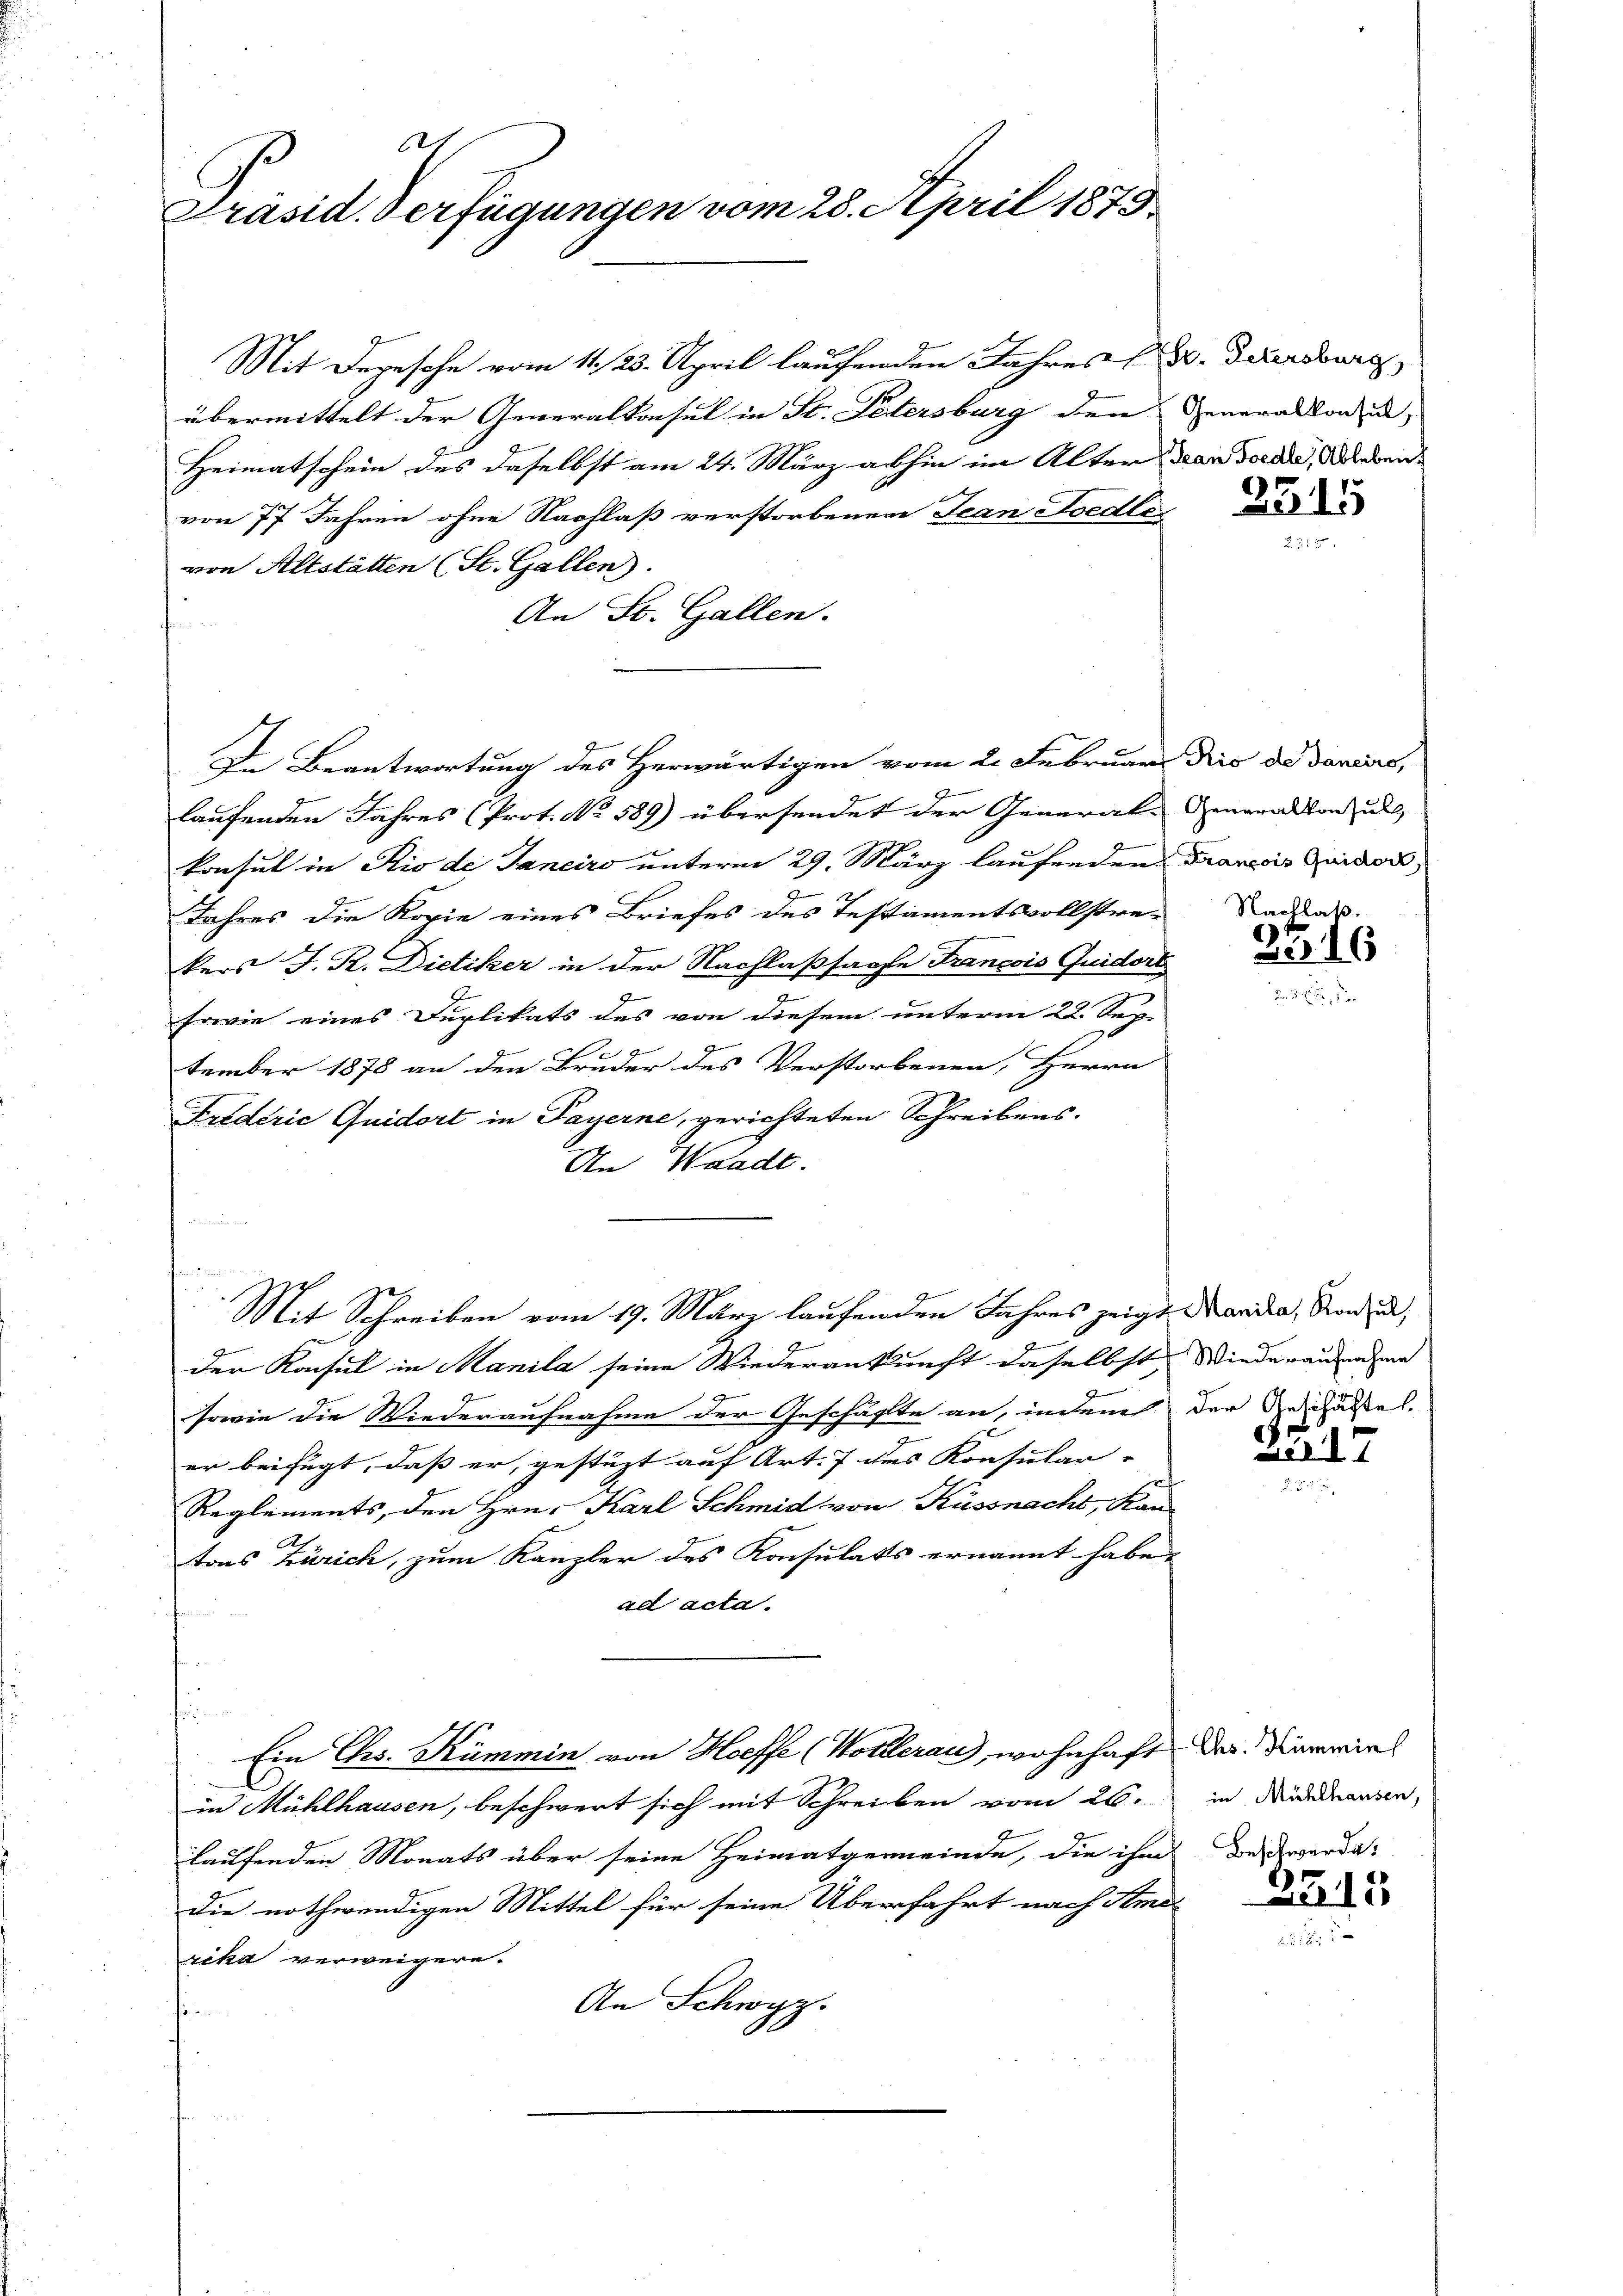
.
Präsid. Verfügungen vom 28. April 1873.

Mit Depesche vom 11./23. April laufenden Jahres B. Dauersburg,
übermittelt der Generalkonsul in St. Petersburg den
Heimatschein des daselbst am 24. März abhin im Alter dan Forde, Werden
von 77 Jahren ohne Nachlaß verstorbenen Jean Foedler
von Altstätten (St. Gallen).
An St. Gallen.
f
In Beantwortung des Herwärtigen vom 2. Februar dies de daraus,
laufenden Jahres (Prot. No. 589) übersendet der General-Generation u
konsul in Rio de Janeiro unterm 29. März laufenden Francis Quiders
Jahres die Kopie eines Briefes des Testamentsvollstrekers J. R. Dietiker in der Nachlaßsache Francois Quidort
Erwie eines Duplikats des von diesem unterm 22. Sep-
tember 1878 an den Bruder des Verstorbenen, Herrn
Felderić Quidort in Payerne, gerichteten Schreibens.
An Waadt.
u
Mit Schreiben vom 19. März laufenden Jahres zeigt andea, Norden,
der Konsul in Manila seine Wiederankunft daselbst
J
sowie die Wiederaufnahme der Geschäfte an, indem
er beifügt, daß er, gestüzt auf Art. 7 des Konsular-
Reglements, den Hrn. Karl Schmid von Küssnachs, Kan-
tons Zürich, zum Kanzler des Konsulats ernannt habe,
ad acta.
s
Ein Ges. Kümmin von Hoeffe (Wortlerau), wohnhaft
in Mühlhausen, beschwert sich mit Schreiben vom 26.
laufenden Monats über seine Heimatgemeinde, die ihm
die nothwendigen Mittel für seine Überfahrt nach Amerika verweigern.
An Schwyz.
fin

Generalkonsul,

3515

Nachlaß.

3716

Wiederaufnahme
der Geschäfte.

21017

Chs. Kümminh
in Mühlhausen,
Beschwerde.

2213